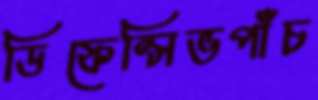
ডিফেন্সিভপাঁচ